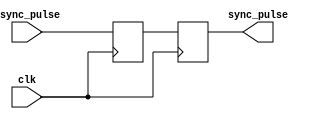
module PulseSynchronizer (
    input wire clk,
    input wire async_pulse,
    output reg sync_pulse
);

reg async_pulse_reg;

always @(posedge clk) begin
    async_pulse_reg <= async_pulse;
    sync_pulse <= async_pulse_reg;
end

endmodule